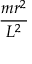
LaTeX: \frac { m r ^ { 2 } } { L ^ { 2 } }